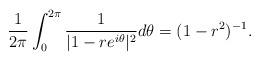
LaTeX: \begin{align*}\frac{1}{2\pi} \int_0^{2\pi} \frac{1}{|1-re^{i\theta}|^2} d\theta = (1-r^2)^{-1}.\end{align*}